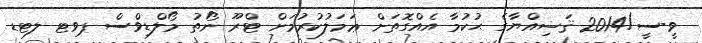
ވީ-ސީ/2014 ޤަޟިއްޔާގެ ޙުކުމާ އެއްގޮތަށް ޢަމަލުކުރުމަށް ޓްރޫ ނޯތު މޯލްޑިވްސް ޕވޓ ލޓޑ